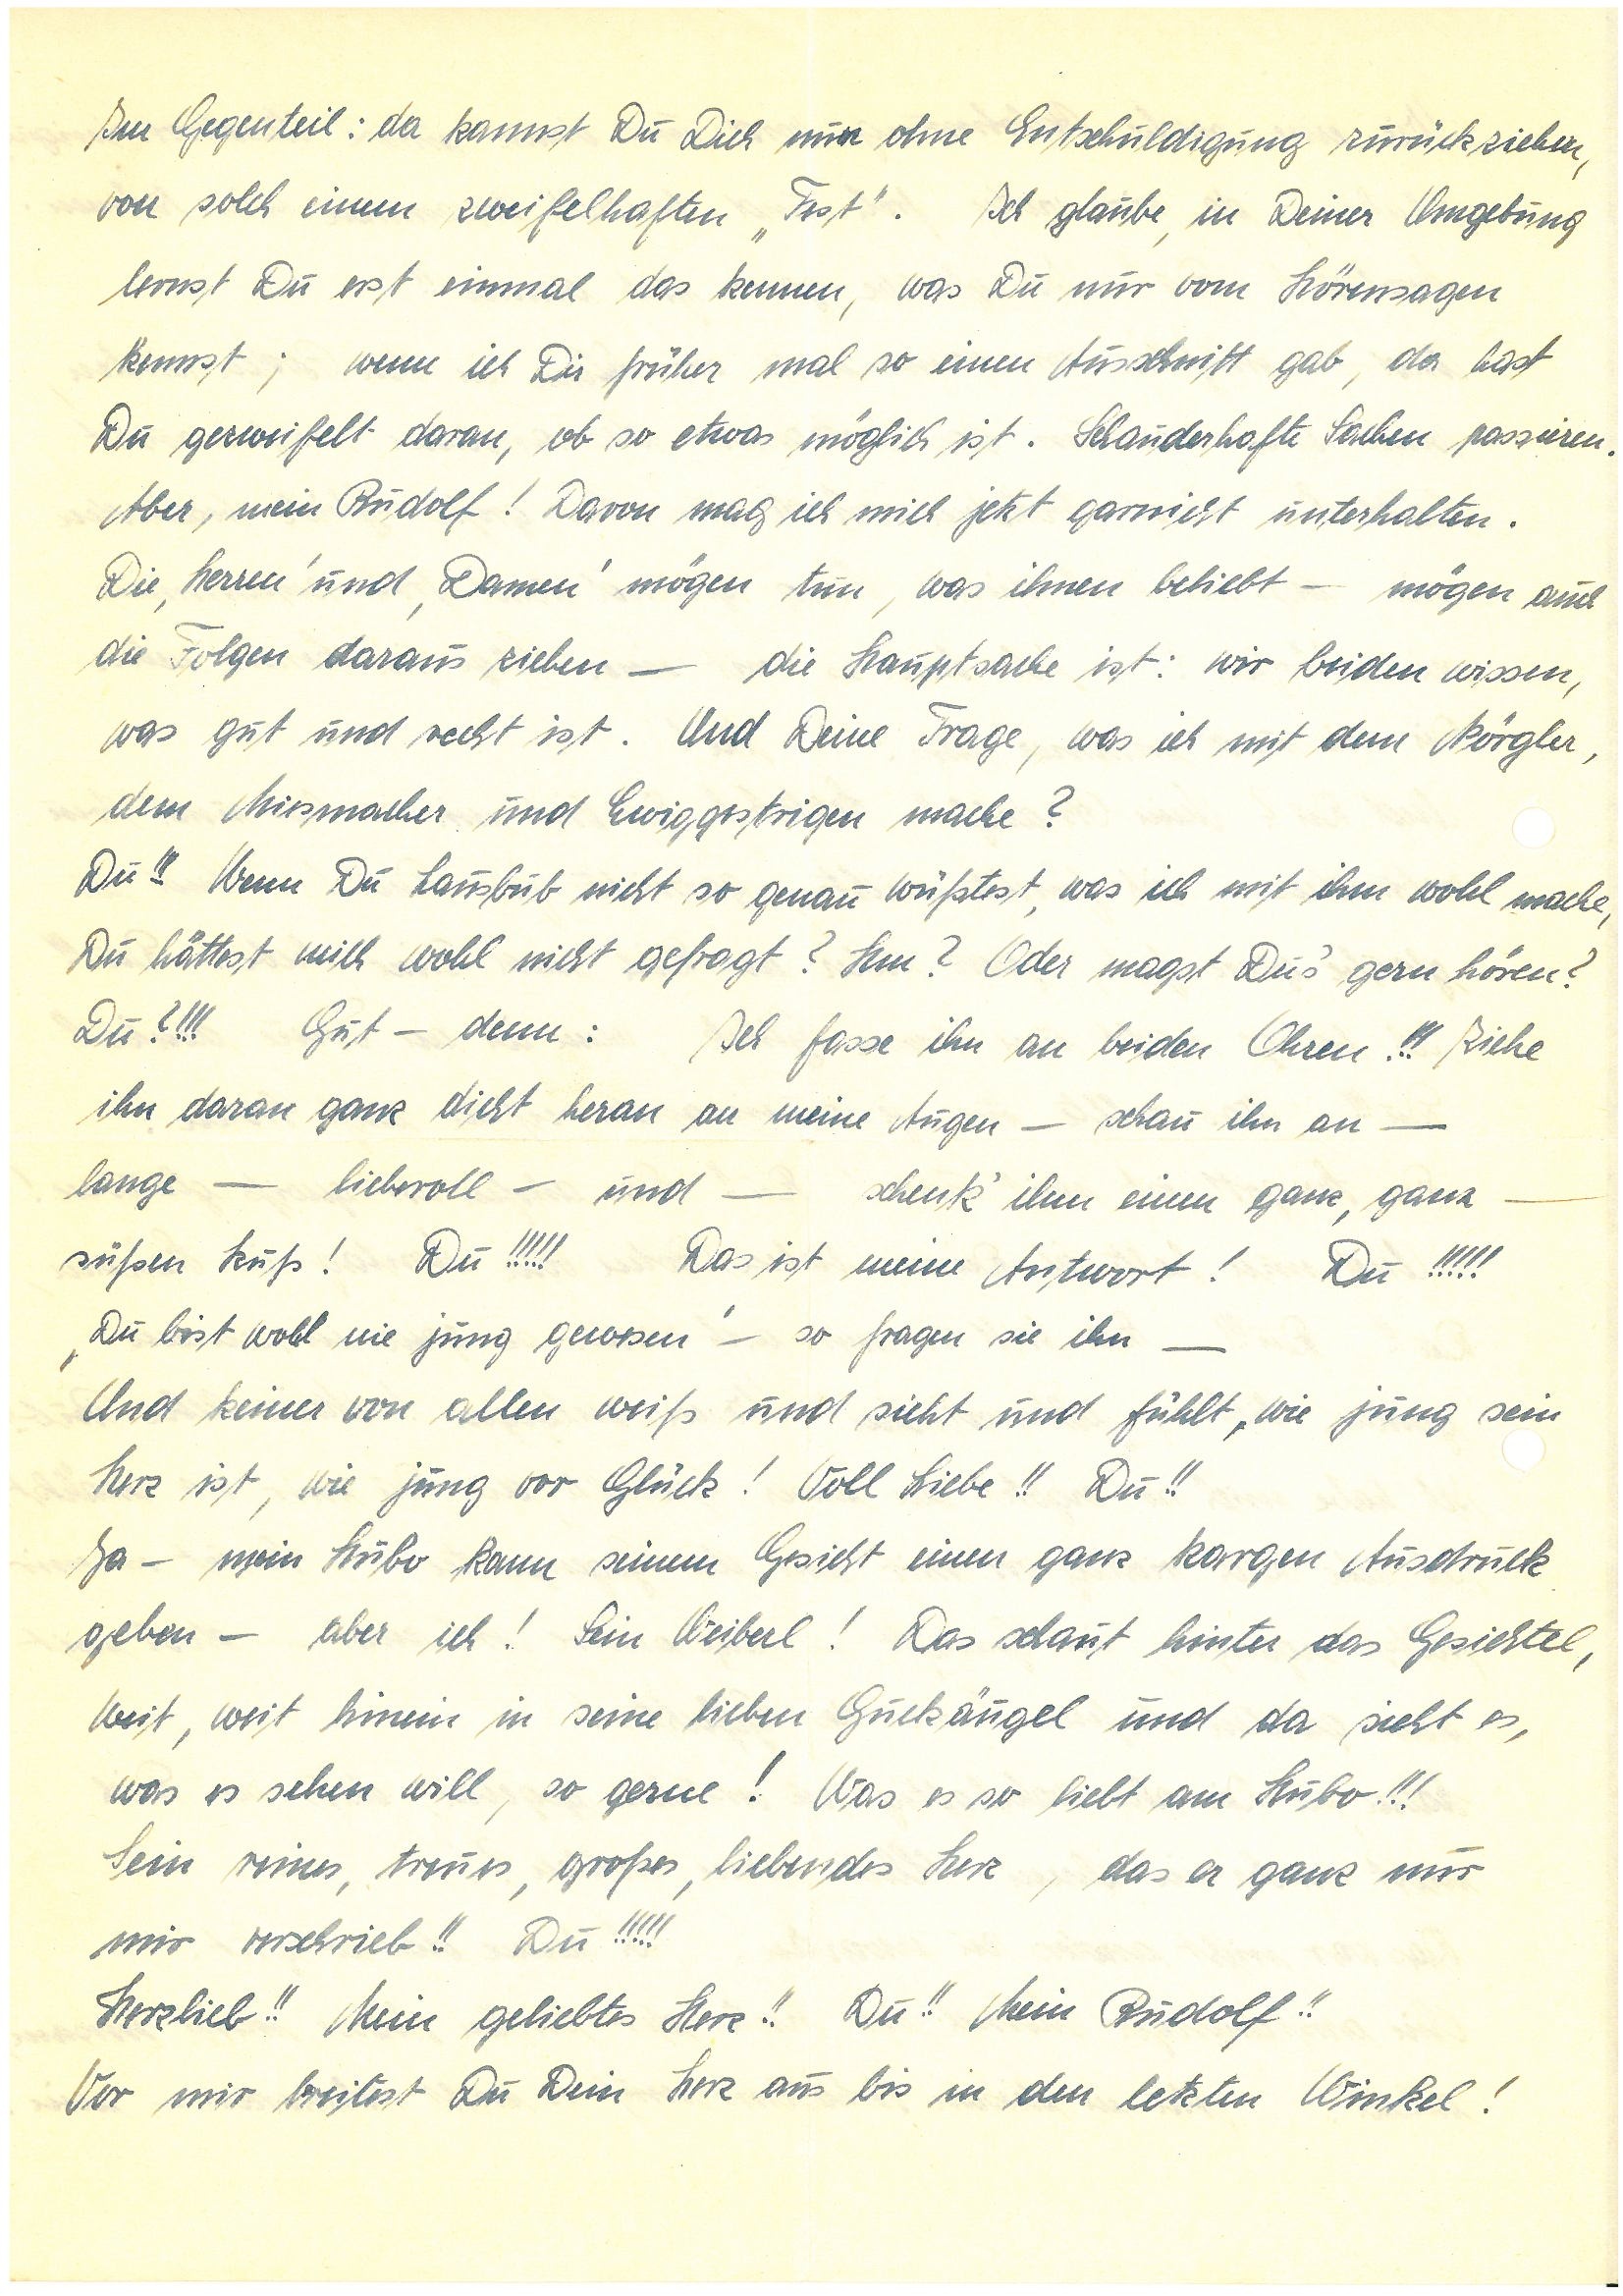
Im Gegenteil: da kannst Du Dich nur ohne Entschuldigung zurückziehen
von solch einem zweifelhaften „Fest”. Ich glaube, in Deiner Umgebung
lernst Du erst einmal das kennen, was Du nur vom Hörensagen
kennst; wenn ich Dir früher mal so einen Ausschnitt gab, da hast
Du gezweifelt daran, ob so etwas möglich ist. Schauderhafte Sachen passieren.
Aber, mein! davon mag ich mich jetzt garnicht unterhalten.
Die, Herren’ und ,Damen’ mögen tun, was ihnen beliebt – mögen auch
die Folgen daraus ziehen – die Hauptsache ist: wir beiden wissen,
was gut und recht ist. Und Deine Frage, was ich mit dem Nörgler,
dem Miesmacher und Ewiggestrigen mache?
Du!!! Wenn Du Lausbub nicht so genau wüßtest, was ich mit ihm wohl mache,
Du hättest mich wohl nicht gefragt? Hm? Oder magst Du’s gern hören?
Du?!!! Gut – denn: Ich fasse ihn an beiden Ohren!!! Ziehe
ihn daran ganz dicht heran an meine Augen – schau ihn an –
lange – liebevoll – und – schenk’ ihm einen ganz, ganz –
süßen Kuß! Du!!!!! Das ist meine Antwort! Du!!!!!
, Du bist wohl nie jung gewesen’ – so fragen sie ihn –
Und keiner von allen weiß und sieht und fühlt, wie jung sein
Herz ist, wie jung vor Glück! Voll Liebe!! Du!!
Ja – mein Hubo kann seinem Gesicht einen ganz kargen Ausdruck
geben – aber ich! Sein Weiberl! Das schaut hinter das Gesichtel,
weit, weit hinein in seine lieben Guckäugel und da sieht es,
was es sehen will, so gerne! Was es so liebt am Hubo!!!
Sein reines, treues, großes, liebendes Herz, das er ganz nur
mir verschrieb!! Du!!!!!
Herzlieb!! Mein geliebtes Herz!! Du!! Mein!!
Vor mir breitest Du Dein Herz aus bis in den letzten Winkel!